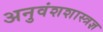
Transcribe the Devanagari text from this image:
अनुवंशशास्त्रज्ञ